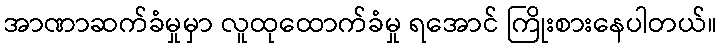
အာဏာဆက်ခံမှုမှာ လူထုထောက်ခံမှု ရအောင် ကြိုးစားနေပါတယ်။